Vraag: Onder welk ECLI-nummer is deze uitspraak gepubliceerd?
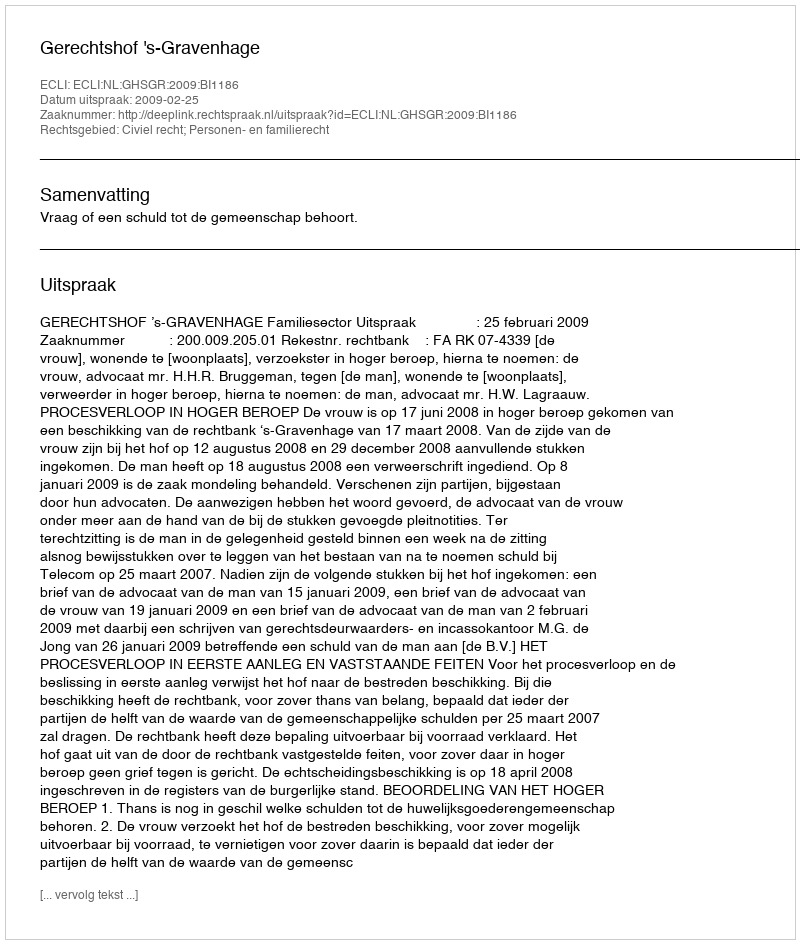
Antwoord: ECLI:NL:GHSGR:2009:BI1186